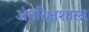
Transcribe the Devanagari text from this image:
अंतरिक्षशास्त्र